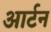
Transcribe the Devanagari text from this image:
आर्टन